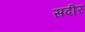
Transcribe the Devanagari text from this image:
सदीर